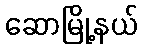
ဆောမြို့နယ်